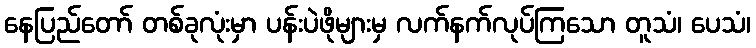
နေပြည်တော် တစ်ခုလုံးမှာ ပန်းပဲဖိုများမှ လက်နက်လုပ်ကြသော တူသံ၊ ပေသံ၊